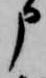
申